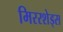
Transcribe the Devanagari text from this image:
मिररशेड्स